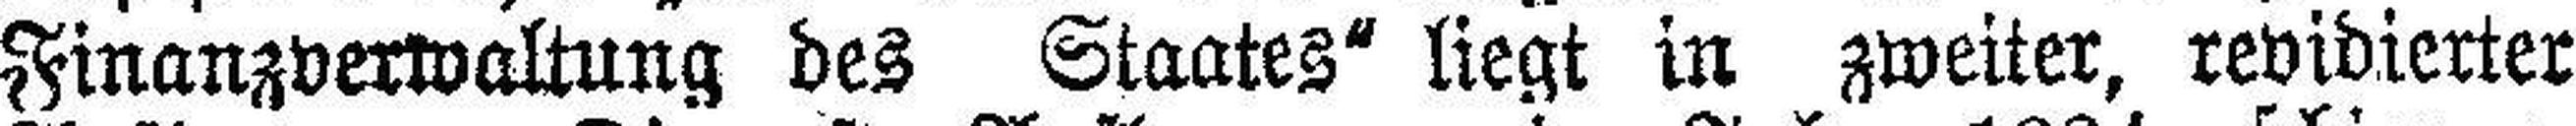
Finanzverwaltung des Staates“ liegt in zweiter, revidierter